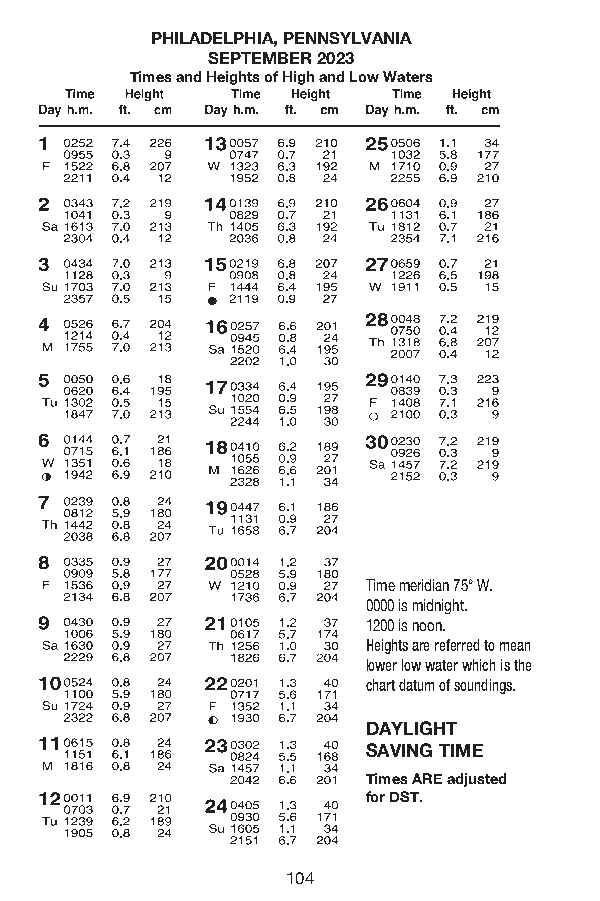
PHILADELPHIA, PENNSYLVANIA
 SEPTEMBER 2023
 Times and Heights of High and Low Waters
 Time meridian 75° W.
 0000 is midnight.
 1200 is noon.
 Heights are referred to mean
 lower low water which is the
 chart datum of soundings.
 EDAASYTLEIGRHNT
 SSTAAVNINDGA TRIDM ETIME/
 DTimAYesL AIGREH Tad justed
 fSoAr DVSINT .G TIME
 Times ARE adjusted
 for DST starting
 March 12.
 104